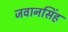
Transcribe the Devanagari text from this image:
जवानसिंह